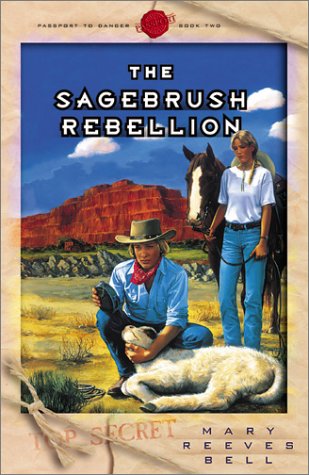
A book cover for The Sagebrush Rebellion (Passport to Danger #2); Mary Reeves Bell; Teen & Young Adult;